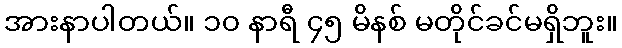
အားနာပါတယ်။ ၁၀ နာရီ ၄၅ မိနစ် မတိုင်ခင်မရှိဘူး။